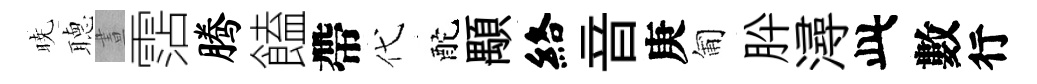
暁𦗟晝霑腾饁帶代酡顒絡音庚匍肸潯此數行